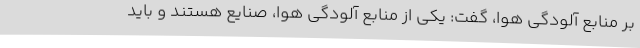
بر منابع آلودگی هوا، گفت: یکی از منابع آلودگی هوا، صنایع هستند و باید